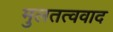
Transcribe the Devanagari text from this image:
मुलतत्ववाद